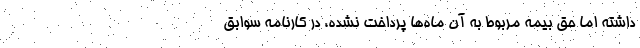
داشته اما حق بیمه مربوط به آن ماه‌ها پرداخت نشده، در کارنامه سوابق